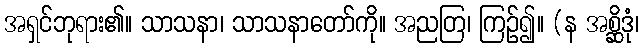
အရှင်ဘုရား၏။ သာသနာ၊ သာသနာတော်ကို။ အညတြ၊ ကြဉ်၍။ (န အစ္ဆိဒုံ၊